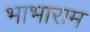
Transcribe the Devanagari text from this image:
भाभाराम